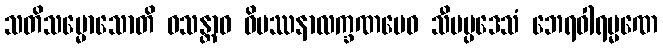
သတိသမ္မောသောတိ ဝသန္တာဝ ဝိပဿနာလက္ခဏမေဝ သီမပ္ပဒေသံ ဘေရဝါရမ္မဏေ